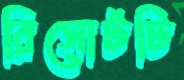
রিসোর্টটি